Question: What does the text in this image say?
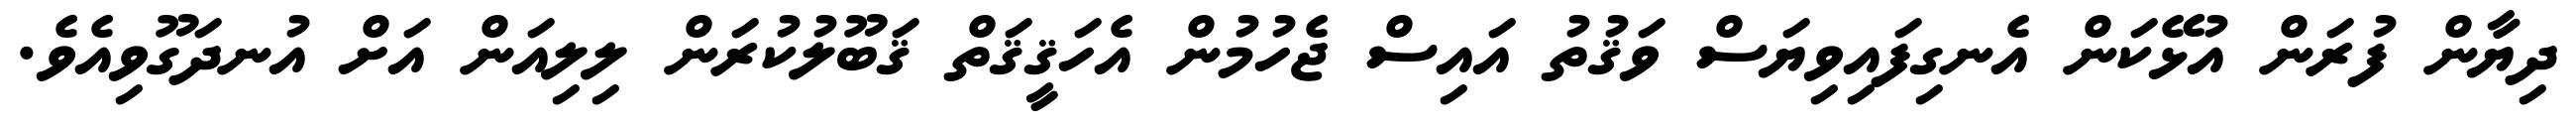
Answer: ދިޔާން ފުރަން އުޅޭކަން އެނގިފައިވިޔަސް ވަޤުތު އައިސް ޖެހުމުން އެހަޤީޤަތް ޤަބޫލުކުރަން ލިލިއަން އަށް އުނދަގޫވިއެވެ.